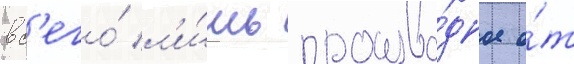
вс'его́ л'и́шь произво́дное о́т